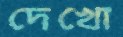
দেখো